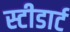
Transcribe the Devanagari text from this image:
स्टीडार्ट